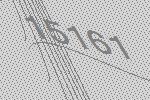
15161